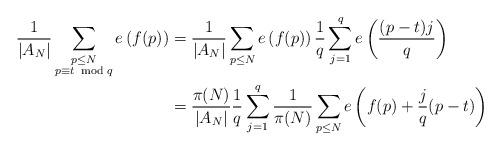
LaTeX: \begin{align*}\frac{1}{|A_N|} \sum\limits_{\substack{ p \leq N \\ p \equiv t \,\, \bmod q}} e\left( f(p) \right) &= \frac{1}{|A_N|}\sum_{p \leq N} e \left( f(p) \right) \frac{1}{q} \sum_{j=1}^q e \left( \frac{(p-t)j}{q} \right) \\&= \frac{\pi(N)}{|A_N|} \frac{1}{q} \sum_{j=1}^q \frac{1}{\pi(N)} \sum_{p \leq N} e \left( f (p) + \frac{j}{q}(p-t) \right)\end{align*}